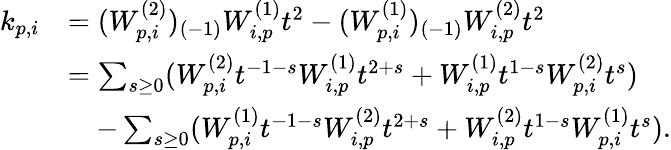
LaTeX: \begin{array}{rl}{k_{p,i}}&{=(W_{p,i}^{(2)})_{(-1)}W_{i,p}^{(1)}t^{2}-(W_{p,i}^{(1)})_{(-1)}W_{i,p}^{(2)}t^{2}}\\ &{=\sum_{s\geq 0}(W_{p,i}^{(2)}t^{-1-s}W_{i,p}^{(1)}t^{2+s}+W_{i,p}^{(1)}t^{1-s}W_{p,i}^{(2)}t^{s})}\\ &{\quad-\sum_{s\geq 0}(W_{p,i}^{(1)}t^{-1-s}W_{i,p}^{(2)}t^{2+s}+W_{i,p}^{(2)}t^{1-s}W_{p,i}^{(1)}t^{s}).}\end{array}